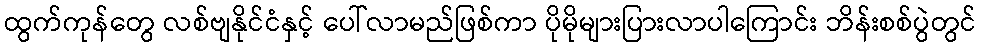
ထွက်ကုန်တွေ လစ်ဗျနိုင်ငံနှင့် ပေါ်လာမည်ဖြစ်ကာ ပိုမိုများပြားလာပါကြောင်း ဘိန်းစစ်ပွဲတွင်